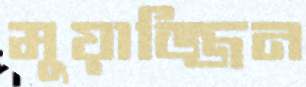
মুয়াজ্জিন